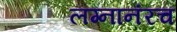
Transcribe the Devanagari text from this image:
लग्नानंरच